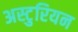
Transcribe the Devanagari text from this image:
अस्टुरियन